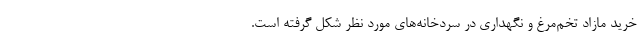
خرید مازاد تخم‌مرغ و نگهداری در سردخانه‌های مورد نظر شکل گرفته است.